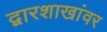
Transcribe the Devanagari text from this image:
द्वारशाखांवर